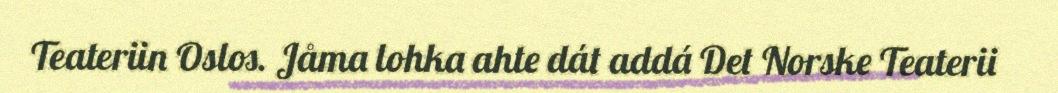
Teateriin Oslos. Jåma lohka ahte dát addá Det Norske Teaterii